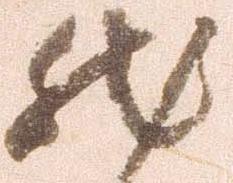
然